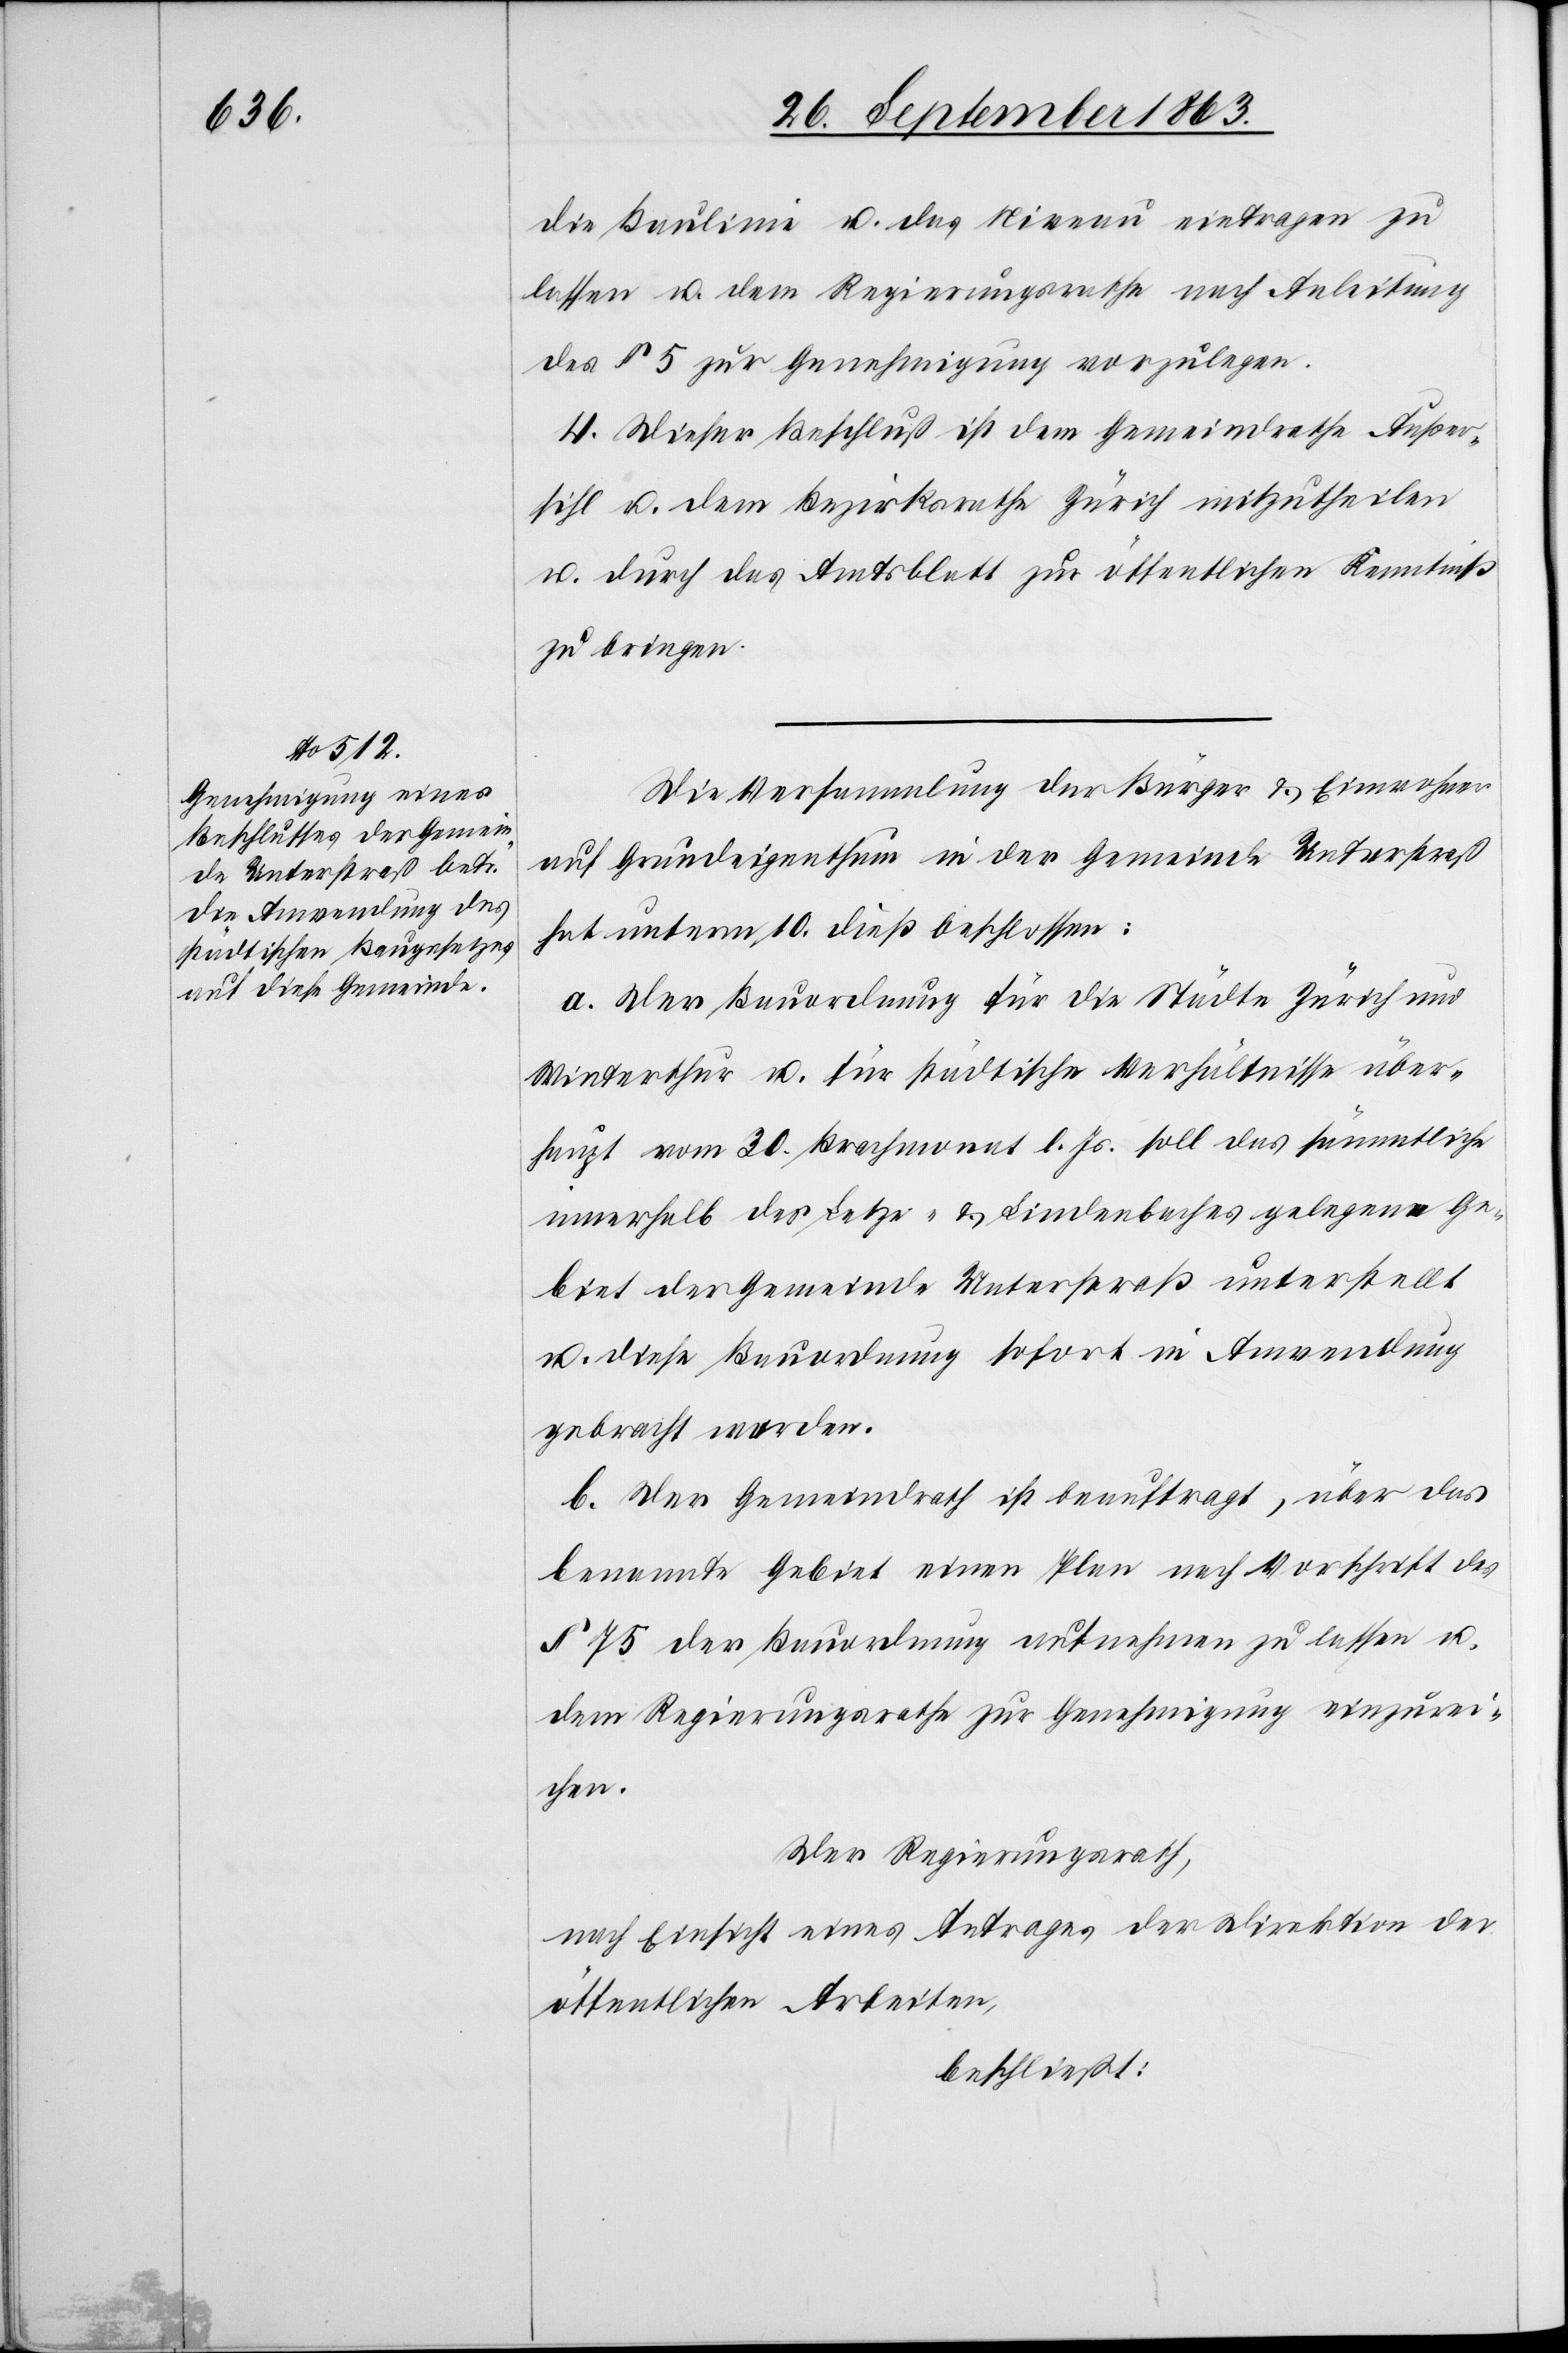
die Baulinie u. das Niveau eintragen zu
lassen u. dem Regierungsrathe nach Anleitung
des § 5 zur Genehmigung vorzulegen.
4. Dieser Beschluß ist dem Gemeindrathe Außer¬
sihl u. dem Bezirksrathe Zürich mitzutheilen
u. durch das Amtsblatt zur öffentlichen Kenntniß
zu bringen.
Die Versammlung der Bürger & Einwohner
auf Grundeigenthum in der Gemeinde Unterstraß
hat unterm 10. dieß beschlossen:
a. Der Bauordnung für die Städte Zürich und
Winterthur u. für städtische Verhältnisse über¬
haupt vom 30. Brachmonat l. Js. soll das sämmtliche
innerhalb des Letze- & Lindenbaches gelegene Ge¬
biet der Gemeinde Unterstraß unterstellt
u. diese Bauordnung sofort in Anwendung
gebracht werden.
b. Der Gemeindrath ist beauftragt, über das
benannte Gebiet einen Plan nach Vorschrift des
§ 75 der Bauordnung aufnehmen zu lassen u.
dem Regierungsrathe zur Genehmigung einzurei¬
chen.
Der Regierungsrath,
nach Einsicht eines Antrages der Direktion der
öffentlichen Arbeiten,
beschließt: